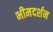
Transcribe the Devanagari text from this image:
भीमदर्शन